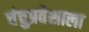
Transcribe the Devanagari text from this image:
चंचुप्रवेशाला